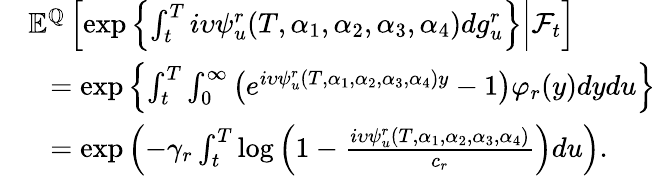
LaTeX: \begin{array}{rl}&{{\mathbb E}^{{\mathbb Q}}\left[\left.\exp\left\lbrace\int_{t}^{T}i\upsilon\psi_{u}^{r}(T,\alpha_{1},\alpha_{2},\alpha_{3},\alpha_{4})dg_{u}^{r}\right\rbrace\right\rvert{\mathcal F}_{t}\right]}\\ &{\ \ =\exp\left\lbrace\int_{t}^{T}\int_{0}^{\infty}\left(e^{i\upsilon\psi_{u}^{r}(T,\alpha_{1},\alpha_{2},\alpha_{3},\alpha_{4})y}-1\right)\varphi_{r}(y)dydu\right\rbrace}\\ &{\ \ =\exp\left(-\gamma_{r}\int_{t}^{T}\log\left(1-\frac{i\upsilon\psi_{u}^{r}(T,\alpha_{1},\alpha_{2},\alpha_{3},\alpha_{4})}{c_{r}}\right)du\right).}\end{array}